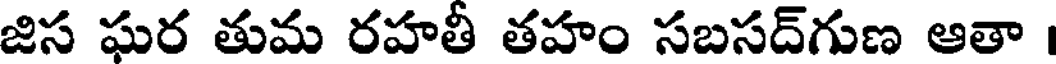
జిస ఘర తుమ రహతీ తహం సబసద్గుణ ఆతా